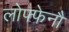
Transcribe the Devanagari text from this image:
लोफ्फेनौ